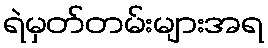
ရဲမှတ်တမ်းများအရ